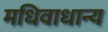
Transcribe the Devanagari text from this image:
मधिवाधान्य